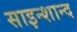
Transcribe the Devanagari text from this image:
साइन्शान्द